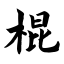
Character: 棍